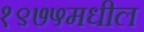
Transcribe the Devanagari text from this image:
१९७५मधील